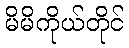
မိမိကိုယ်တိုင်